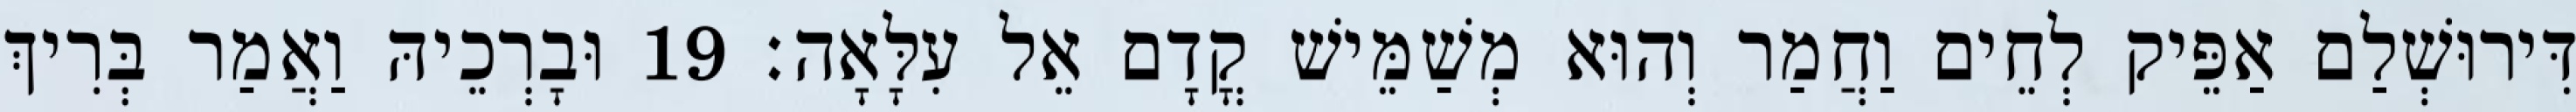
דִּירוּשְׁלַם אַפֵּיק לְחֵים וַחֲמַר וְהוּא מְשַׁמֵּישׁ קֳדָם אֵל עִלָּאָה׃ 19 וּבָרְכֵיהּ וַאֲמַר בְּרִיךְ